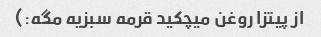
از پیتزا روغن میچکید قرمه سبزیه مگه:)